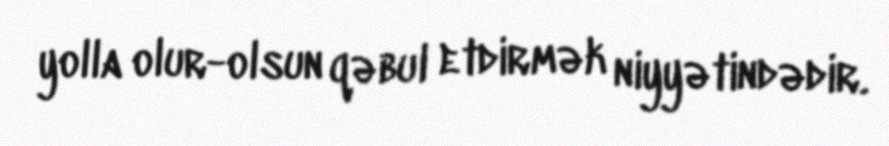
yolla olur-olsun qəbul etdirmək niyyətindədir.